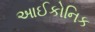
આઈકોનિક